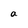
Character: a